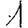
Digit: 1